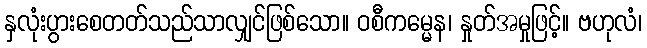
နှလုံးပွားစေတတ်သည်သာလျှင်ဖြစ်သော။ ဝစီကမ္မေန၊ နှုတ်အမှုဖြင့်။ ဗဟုလံ၊